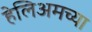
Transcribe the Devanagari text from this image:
हेलिअमच्या